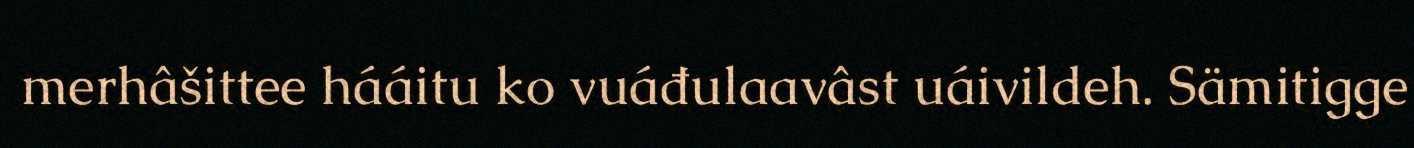
merhâšittee hááitu ko vuáđulaavâst uáivildeh. Sämitigge